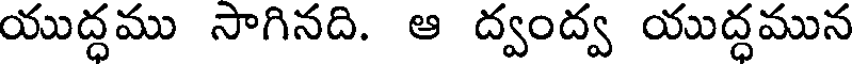
యుద్ధము సాగినది. ఆ ద్వంద్వ యుద్ధమున